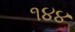
૧૪૪